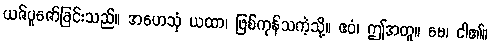
ယဇ်ပူဇော်ခြင်းသည်။ အဟေသုံ ယထာ၊ ဖြစ်ကုန်သကဲ့သို့။ ဧဝံ၊ ဤအတူ။ မေ၊ ငါ၏။